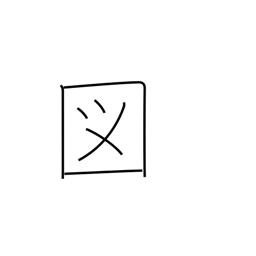
Meaning: extraordinary